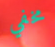
مخفي